Indian journal of veterinary science and animal husbandry - Volume 12,
Year: 1942
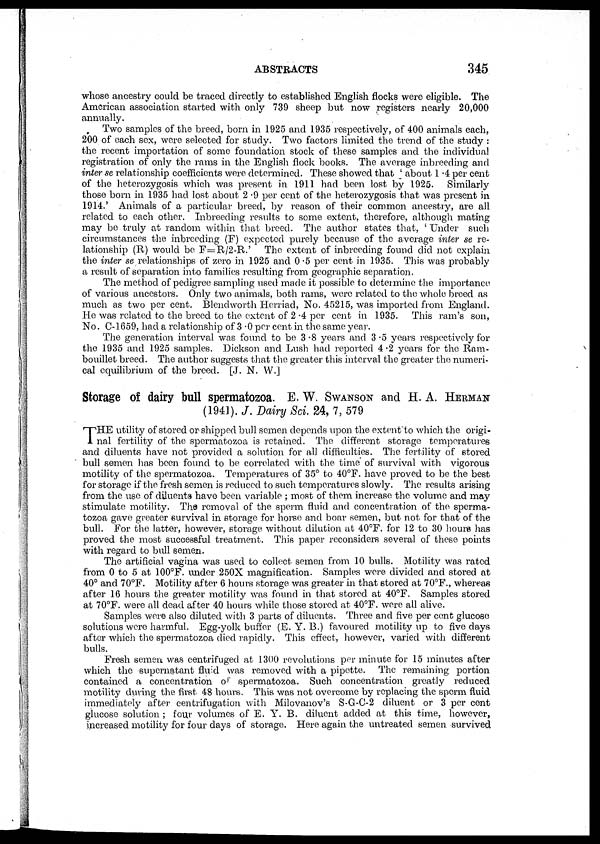
ABSTRACTS
345
whose ancestry could be traced directly to established English flocks were eligible. The
American association started with only 739 sheep but now registers nearly 20,000
annually.
Two samples of the breed, born in 1925 and 1935 respectively, of 400 animals each,
200 of each sex, were selected for study. Two factors limited the trend of the study :
the recent importation of some foundation stock of these samples and the individual
registration of only the rams in the English flock books. The average inbreeding and
inter se relationship coefficients were determined. These showed that ' about 1.4 per cent
of the heterozygosis which was present in 1911 had been lost by 1925. Similarly
those born in 1935 had lost about 2.9 per cent of the heterozygosis that was present in
1914.' Animals of a particular breed, by reason of their common ancestry, are all
related to each other. Inbreeding results to some extent, therefore, although mating
may be truly at random within that breed. The author states that, ' Under such
circumstances the inbreeding (F) expected purely because of the average inter se re-
lationship (R) would be F=R/2-R.'
The extent of inbreeding found did not explain
the inter se relationships of zero in 1925 and 0.5 per cent in 1935. This was probably
a result of separation into families resulting from geographic separation.
The method of pedigree sampling used made it possible to determine the importance
of various ancestors. Only two animals, both rams, were related to the whole breed as
much as two per cent. Blendworth Herriad, No. 45215, was imported from England.
He was related to the breed to the extent of 2.4 per cent in 1935. This ram's son,
No. C-1659, had a relationship of 3.0 per cent in the same year.
The generation interval was found to be 3.8 years and 3.5 years respectively for
the 1935 and 1925 samples. Dickson and Lush had reported 4.2 years for the Ram-
bouillet breed. The author suggests that the greater this interval the greater the numeri-
cal equilibrium of the breed. [J. N. W.]
Storage of dairy bull spermatozoa. E. W. SWANSON and H. A. HERMAN
(1941). J. Dairy Sci. 24, 7,579
T HE utility of stored or shipped bull semen depends upon the extent to which the origi-
nal fertility of the spermatozoa is retained. The different storage temperatures
and diluents have not provided a solution for all difficulties. The fertility of stored
bull semen has been found to be correlated with the time of survival with vigorous
motility of the spermatozoa. Temperatures of 35° to 40°F. have proved to be the best
for storage if the fresh semen is reduced to such temperatures slowly. The results arising
from the use of diluents have been variable ; most of them increase the volume and may
stimulate motility. The removal of the sperm fluid and concentration of the sperma-
tozoa gave greater survival in storage for horse and boar semen, but not for that of the
bull. For the latter, however, storage without dilution at 40°F. for 12 to 30 hours has
proved the most successful treatment. This paper reconsiders several of these points
with regard to bull semen.
The artificial vagina was used to collect semen from 10 bulls. Motility was rated
from 0 to 5 at 100°F. under 250X magnification. Samples were divided and stored at
40° and 70°F. Motility after 6 hours storage was greater in that stored at 70°F., whereas
after 16 hours the greater motility was found in that stored at 40°F. Samples stored
at 70°F. were all dead after 40 hours while those stored at 40°F. were all alive.
Samples were also diluted with 3 parts of diluents. Three and five per cent glucose
solutions were harmful. Egg-yolk buffer (E. Y. B.) favoured motility up to five days
after which the spermatozoa died rapidly. This effect, however, varied with different
bulls.
Fresh semen was centrifuged at 1300 revolutions per minute for 15 minutes after
which the supernatant fluid was removed with a pipette. The remaining portion
contained a concentration of spermatozoa. Such concentration greatly reduced
motility during the first 48 hours. This was not overcome by replacing the sperm fluid
immediately after eenfcrifugation with Milovanov's S-G-C-2 diluent or 3 per cent
glucose solution ; four volumes of E. Y. B. diluent added at this time, however,
increased motility for four days of storage. Here again the untreated semen survived